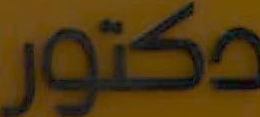
دكتور